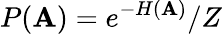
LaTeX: P(\mathbf{A})=e^{-H(\mathbf{A})}/Z